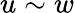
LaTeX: u\sim w